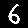
Digit: 6